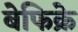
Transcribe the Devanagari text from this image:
बेफिक्रे